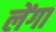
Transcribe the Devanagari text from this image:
लेंगा